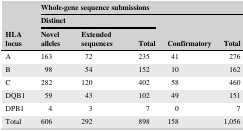
| <ROWSPAN=3> HLA locus | <COLSPAN=5> Whole‐gene sequence submissions |
 | <COLSPAN=3> Distinct |  |  |
 | Novel alleles | Extended sequences | Total | Confirmatory | Total |
 | --- | --- | --- | --- | --- | --- |
 | A | 163 | 72 | 235 | 41 | 276 |
 | B | 98 | 54 | 152 | 10 | 162 |
 | C | 282 | 120 | 402 | 58 | 460 |
 | DQB1 | 59 | 43 | 102 | 49 | 151 |
 | DPB1 | 4 | 3 | 7 | 0 | 7 |
 | Total | 606 | 292 | 898 | 158 | 1,056 |